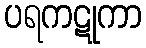
ပရကဋုကာ